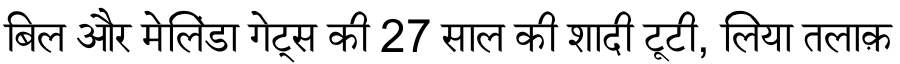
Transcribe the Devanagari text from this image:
बिल और मेलिंडा गेट्स की 27 साल की शादी टूटी, लिया तलाक़